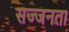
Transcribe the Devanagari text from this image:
सज्‍जनता